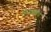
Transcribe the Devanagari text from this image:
सेनवंशीय